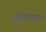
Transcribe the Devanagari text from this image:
झुलतात